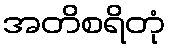
အတိစရိတုံ